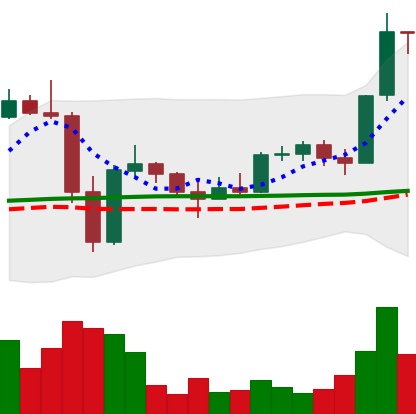
Ticker: LTC-USD
Chart end date: 2022-11-24
Forward return: -3.611%
Label: down_3_5